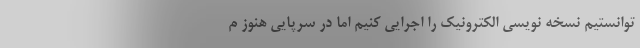
توانستیم نسخه نویسی الکترونیک را اجرایی کنیم اما در سرپایی هنوز م